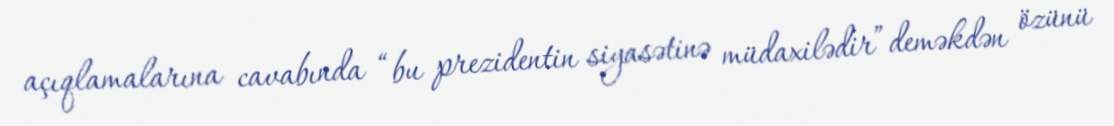
açıqlamalarına cavabında “bu prezidentin siyasətinə müdaxilədir” deməkdən özünü